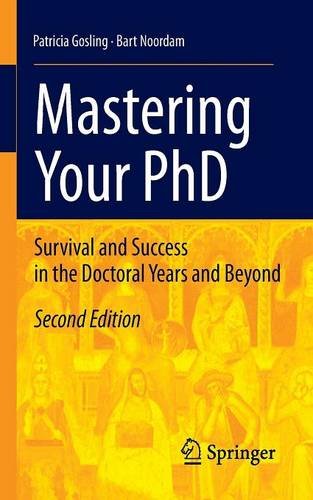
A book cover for Mastering Your PhD: Survival and Success in the Doctoral Years and Beyond; Patricia Gosling; Education & Teaching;